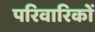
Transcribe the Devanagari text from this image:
परिवारिकों